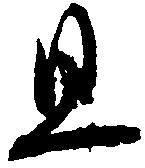
旦